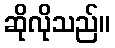
ဆိုလိုသည်။